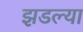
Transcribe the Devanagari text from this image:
झडल्या